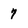
Character: 7